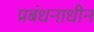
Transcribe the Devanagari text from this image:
प्रबंधनाधीन